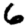
Digit: 6